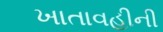
ખાતાવહીની